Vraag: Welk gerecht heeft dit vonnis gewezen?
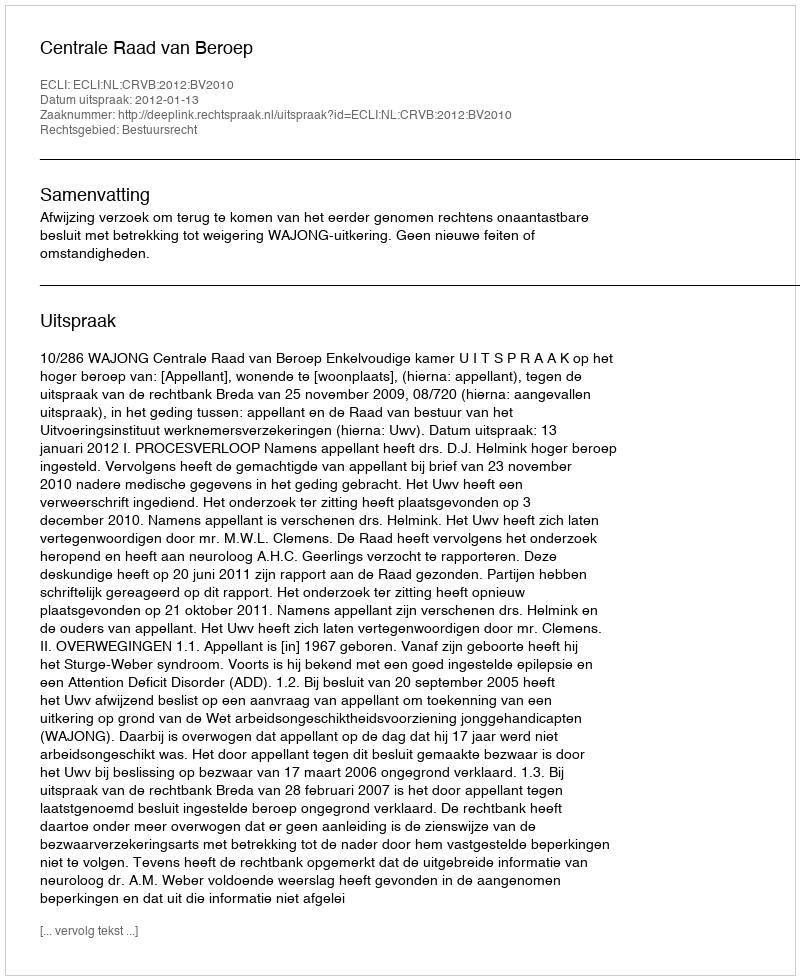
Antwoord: Centrale Raad van Beroep